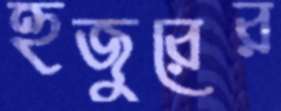
হুজুরের